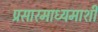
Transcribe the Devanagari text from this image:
प्रसारमाध्यमाशी